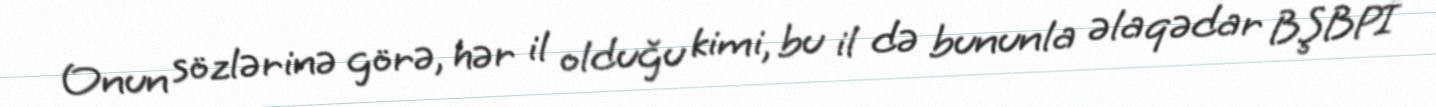
Onun sözlərinə görə, hər il olduğu kimi, bu il də bununla əlaqədar BŞBPİ